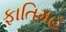
ફાતિમહ